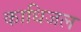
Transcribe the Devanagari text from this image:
काधिजल